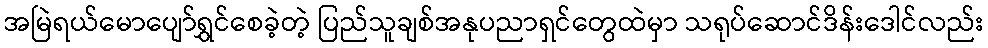
အမြဲရယ်မောပျော်ရွှင်စေခဲ့တဲ့ ပြည်သူချစ်အနုပညာရှင်တွေထဲမှာ သရုပ်ဆောင်ဒိန်းဒေါင်လည်း